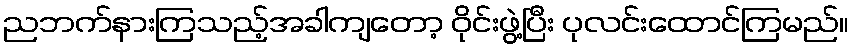
ညဘက်နားကြသည့်အခါကျတော့ ဝိုင်းဖွဲ့ပြီး ပုလင်းထောင်ကြမည်။